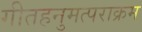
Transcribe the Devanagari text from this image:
गीतहनुमत्पराक्रम